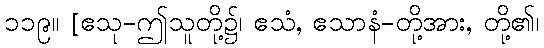
၁၁၉။ [ဧသု-ဤသူတို့၌၊ ဧသံ, ဧသာနံ-တို့အား, တို့၏၊